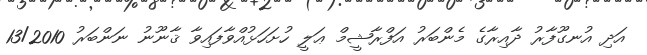
އަދި އުނގޫފާރު ދާއިރާގެ މެންބަރު އަފްރާޝީމް ޢަލީ ހުށަހަޅުއްވާފައިވާ ޤާނޫނު ނަންބަރު 13/2010